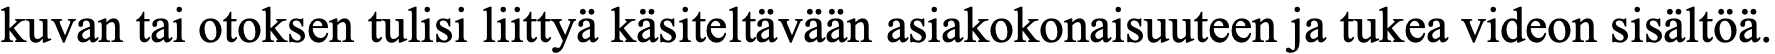
kuvan tai otoksen tulisi liittyä käsiteltävään asiakokonaisuuteen ja tukea videon sisältöä.